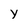
Character: Y